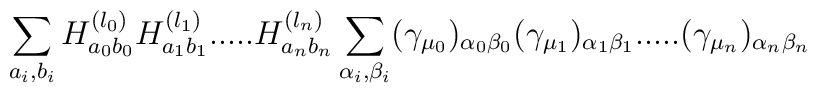
\sum_{a_i,b_i} H^{(l_0)}_{a_0 b_0} H^{(l_1)}_{a_1 b_1} .....H^{(l_n)}_{a_n b_n} \sum_{\alpha_i,\beta_i}(\gamma_{\mu_0})_{\alpha_0 \beta_0} (\gamma_{\mu_1})_{\alpha_1 \beta_1} .....(\gamma_{\mu_n})_{\alpha_n \beta_n}